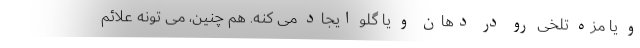
و یا مزه تلخی رو در دهان و یا گلو ایجاد می کنه. هم چنین، می تونه علائم